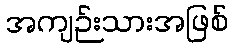
အကျဉ်းသားအဖြစ်